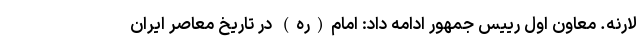
لارنه. معاون اول رییس جمهور ادامه داد: امام(ره) در تاریخ معاصر ایران